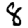
Digit: 8